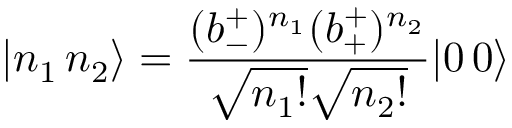
| n _ { 1 } \, n _ { 2 } \rangle = \frac { ( b _ { - } ^ { + } ) ^ { n _ { 1 } } ( b _ { + } ^ { + } ) ^ { n _ { 2 } } } { \sqrt { n _ { 1 } ! } \sqrt { n _ { 2 } ! } } | 0 \, 0 \rangle